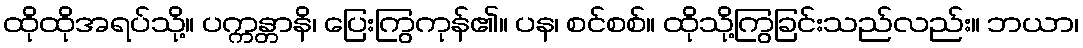
ထိုထိုအရပ်သို့။ ပက္ကန္တာနိ၊ ပြေးကြွကုန်၏။ ပန၊ စင်စစ်။ ထိုသို့ကြွခြင်းသည်လည်း။ ဘယာ၊